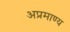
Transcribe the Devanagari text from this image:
अप्रमाण्य